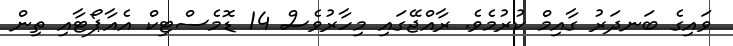
ވައިގެ ބަނދަރު ގާއިމް ކުރުމެވެ. ރާއްޖޭގައި މިހާރުވެސް 14 ޑޮމެސްޓިކް އެއާޕޯޓާއި ތިން